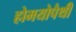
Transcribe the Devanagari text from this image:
होमयोपैथी